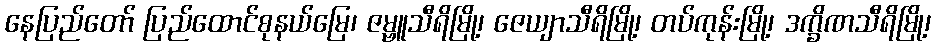
နေပြည်တော် ပြည်ထောင်စုနယ်မြေ၊ ဇမ္ဗူသီရိမြို့၊ ဇေယျာသီရိမြို့၊ တပ်ကုန်းမြို့၊ ဒက္ခိဏသီရိမြို့၊